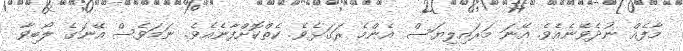
މާފެއް ނުދެވޭނެއެވެ. އޭނަ މަރައިލިޔަސް އެންމެ ރަގަޅެވެ. ކެތްކޮށްފާނެއެވެ. ނަމަވެސް އޭނަގެ ލޯބިވާ